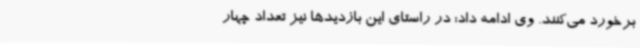
برخورد می‌کنند. وی ادامه داد: در راستای این بازدیدها نیز تعداد چهار